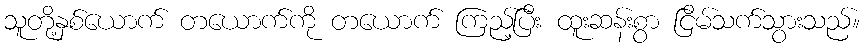
သူတို့နှစ်ယောက် တယောက်ကို တယောက် ကြည့်ပြီး ထူးဆန်းစွာ ငြိမ်သက်သွားသည်။